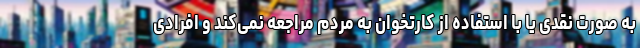
به صورت نقدی یا با استفاده از کارتخوان به مردم مراجعه نمی‌کند و افرادی